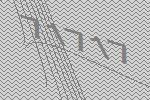
71717